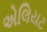
એલિયટ